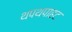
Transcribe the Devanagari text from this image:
थपथपाहट